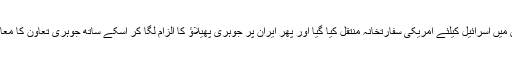
دنیا بھر کی مخالفت اور مزاحمت کے باوجود مقبوضہ بیت المقدس میں اسرائیل کیلئے امریکی سفارتخانہ منتقل کیا گیا اور پھر ایران پر جوہری پھیلاﺅ کا الزام لگا کر اسکے ساتھ جوہری تعاون کا معاہدہ ختم کر دیا گیا اور اس پر عالمی اقتصادی پابندیاں لگوادی گئیں۔